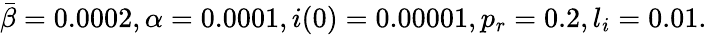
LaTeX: \bar{\beta}=0.0002,\alpha=0.0001,i(0)=0.00001,p_{r}=0.2,l_{i}=0.01.